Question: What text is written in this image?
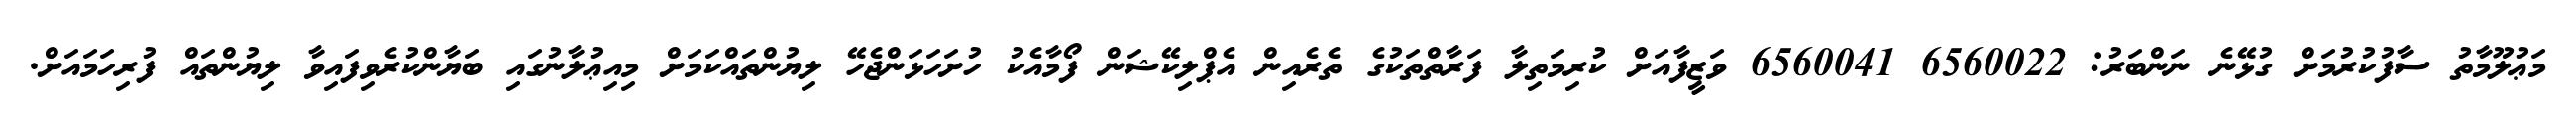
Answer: މަޢުލޫމާތު ސާފުކުރުމަށް ގުޅޭނެ ނަންބަރު: 6560022 6560041 ވަޒީފާއަށް ކުރިމަތިލާ ފަރާތްތަކުގެ ތެރެއިން އެޕްލިކޭޝަން ފޯމާއެކު ހުށަހަޅަންޖެހޭ ލިޔުންތައްކަމަށް މިއިޢުލާނުގައި ބަޔާންކުރެވިފައިވާ ލިޔުންތައް ފުރިހަމައަށް.